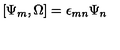
[ \Psi _ { m } , \Omega ] = \epsilon _ { m n } \Psi _ { n }